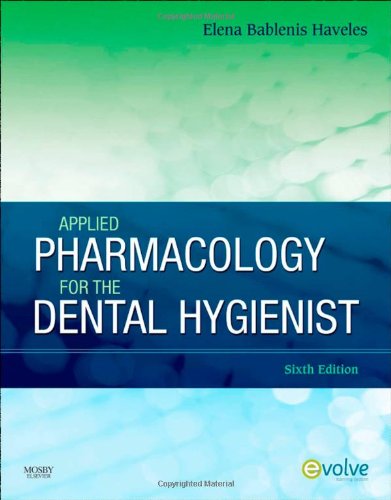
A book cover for Applied Pharmacology for the Dental Hygienist, 6e; Elena Bablenis Haveles BS Pharm  Pharm D; Medical Books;